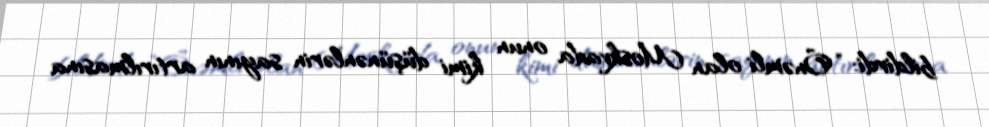
bildirdi: “Önəmli olan Moskvada onun kimi düşünənlərin sayının artırılmasına